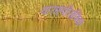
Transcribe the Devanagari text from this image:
वाराहपौराणिक